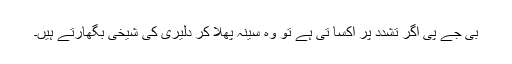
بی جے پی اگر تشدد پر اکسا تی ہے تو وہ سینہ پھلا کر دلیری کی شیخی بگھارتے ہیں۔